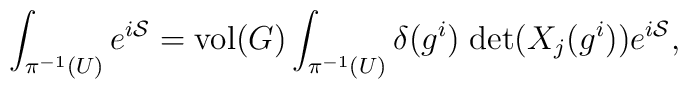
\int_{\pi^{-1}(U)} e^{i{\cal S}} = {\rm vol}(G) \int_{\pi^{-1}(U)}      \delta(g^i) \; {\rm det}(X_j (g^i)) e^{i{\cal S}},